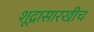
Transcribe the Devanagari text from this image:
शूद्रासारखीच